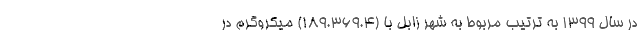
در سال ۱۳۹۹ به ترتیب مربوط به شهر زابل با (۱۸۹.۳۶۹.۴) میکروگرم در